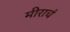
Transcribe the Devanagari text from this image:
मीराचं